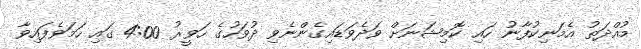
މުއްދަތު އެމަނިކުފާނު ހައި ކޮމިޝަނަށް ވަދެވަޑައިގެންނެވި ދުވަހުގެ ހަވީރު 4:00 ގައި ހަމަވެފައިވާ